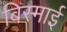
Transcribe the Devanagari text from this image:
बिस्माई